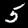
Label: 5